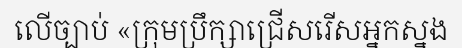
លើច្បាប់ «ក្រុមប្រឹក្សាជ្រើសរើសអ្នកស្នង